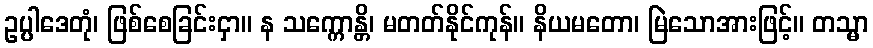
ဥပ္ပါဒေတုံ၊ ဖြစ်စေခြင်းငှာ။ န သက္ကောန္တိ၊ မတတ်နိုင်ကုန်။ နိယမတော၊ မြဲသောအားဖြင့်။ တသ္မာ